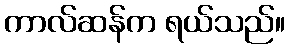
ကာလ်ဆန်က ရယ်သည်။